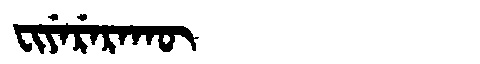
Manchu: ᠸᡳᠶᡝᡵᡝᡵᠠᡴᡡ
Romanization: FIYERERAKŪ